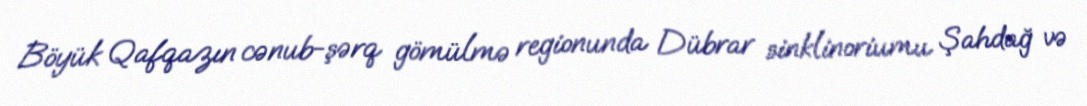
Böyük Qafqazın cənub-şərq gömülmə regionunda Dübrar sinklinoriumu Şahdağ və